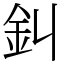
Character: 䤛